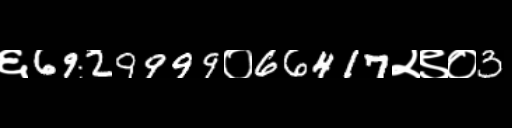
Text: ६6929999०66417२९०3